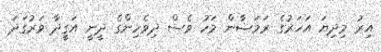
އިރު މިދިޔަ އަހަރުގެ ރަމަޟާން މަހު ވެސް ދިވެހިންގެ ދީނީ އަގީދާ ވަރުގަދަ